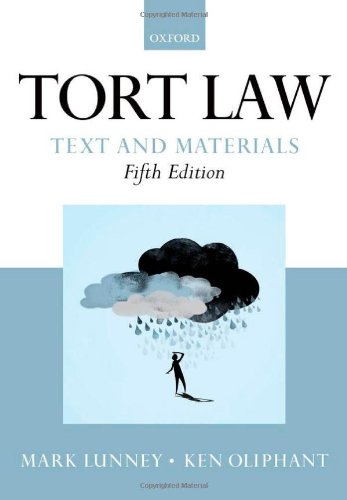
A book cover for Tort Law: Text and Materials; Mark Lunney; Law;